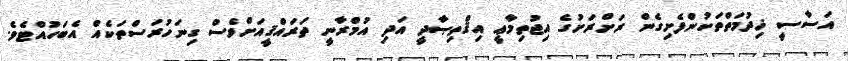
އަސާސީ ޚިދުމަތްތަކުންފެށިގެން ރަށްރަށުގެ އިޖުތިމާޢީ އިޤްތިޞާދީ އަދި އުމްރާނީ ތަރައްޤީއަށްވެސް ގިނަހުރަސްތަކެއް އެބަހުއްޓެވެ.